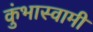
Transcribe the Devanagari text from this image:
कुंभास्वामी